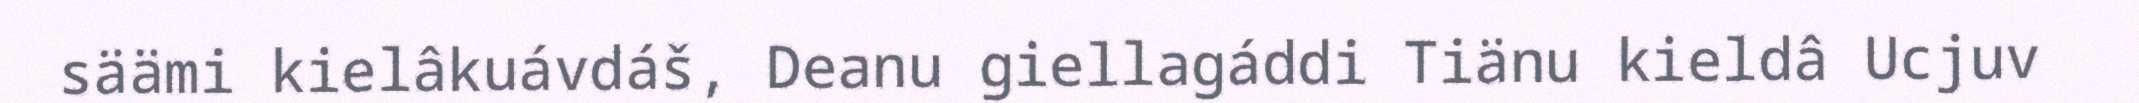
säämi kielâkuávdáš, Deanu giellagáddi Tiänu kieldâ Ucjuv